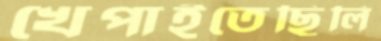
খেপাইতেছিলি